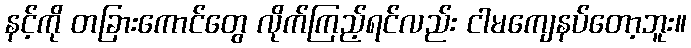
နင့်ကို တခြားကောင်တွေ လိုက်ကြည့်ရင်လည်း ငါမကျေနပ်တော့ဘူး။